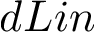
d L i n